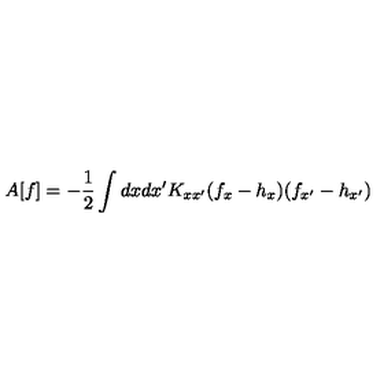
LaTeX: A [ f ] = - \frac { 1 } { 2 } \int d x d x ^ { \prime } K _ { x x ^ { \prime } } ( f _ { x } - h _ { x } ) ( f _ { x ^ { \prime } } - h _ { x ^ { \prime } } )